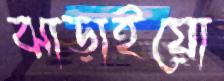
ঝাড়াইয়ো